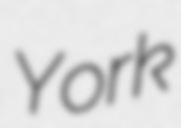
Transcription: York